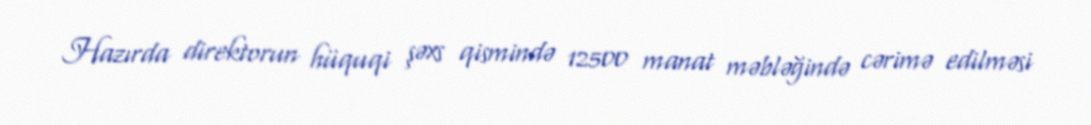
Hazırda direktorun hüquqi şəxs qismində 12500 manat məbləğində cərimə edilməsi